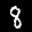
Label: 8